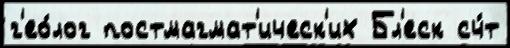
г'ео́лог постмагмат'ическ'их Бл'еск сч́т